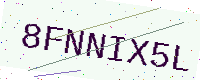
Text: 8FNNIX5L